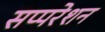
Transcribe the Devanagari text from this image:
सप्परेशन